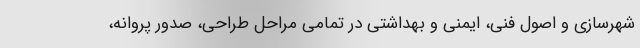
شهرسازی و اصول فنی، ایمنی و بهداشتی در تمامی مراحل طراحی، صدور پروانه،